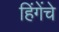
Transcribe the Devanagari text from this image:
हिंगेंचे